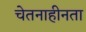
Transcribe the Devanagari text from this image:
चेतनाहीनता